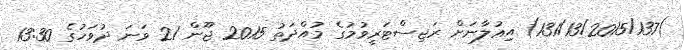
)131/13/2015/137) އިޢުލާނަށް ރަޖިސްޓަރީވުމުގެ މުއްދަތު 2015 ޖޫން 21 ވަނަ ދުވަހުގެ 13:30